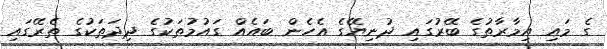
ގެ މައި އިމާރާތުގެ ބޭރުގައި ދުނިޔޭގެ އެހެން ބައެއް ގައުމުތަކުގެ ދިދަތަކުގެ ތެރޭގައި